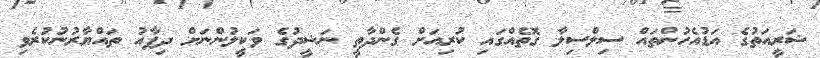
ޝަރީއަތުގެ އަޑުއެހުންތައް ސިލްސިލާ ގޮތެއްގައި ކުރިއަށް ގެންދާތީ ނަޝީދުގެ ވަކީލުންނަށް ދިފާއު ތައްޔާރުނުކުރެވި